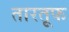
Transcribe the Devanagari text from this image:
तारतूफ